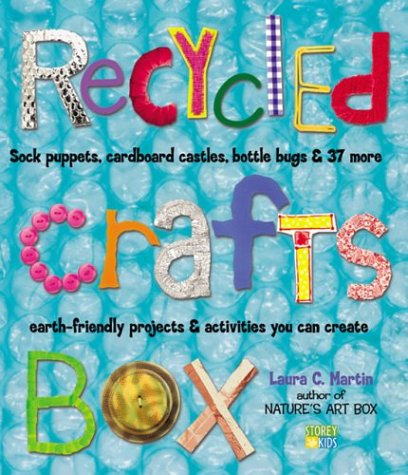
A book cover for Recycled Crafts Box; Laura C. Martin; Science & Math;